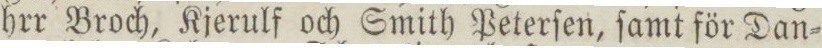
hrr Broch, Kjerulf och Smith Peterſen, ſamt för Dan=